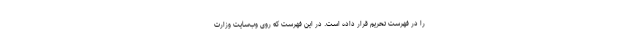
را در فهرست تحریم قرار داده است. در این فهرست که روی وب‌سایت وزارت